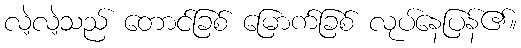
လဲ့လဲ့သည် တောင်ခြစ် မြောက်ခြစ် လုပ်နေပြန်၏။